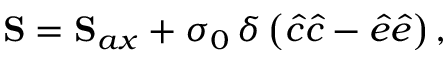
\mathbf { S } = \mathbf { S } _ { a x } + \sigma _ { 0 } \, \delta \left( \hat { c } \hat { c } - \hat { e } \hat { e } \right) ,